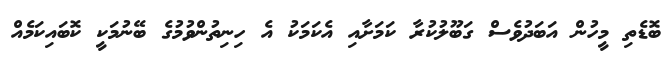
ބޮޑެތި މީހުން އަބަދުވެސް ގަބޫލުކުރާ ކަމަށާއި އެކަމަކު އެ ހިނިތުންވުމުގެ ބޭނުމަކީ ކޮބައިކަމެއް